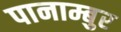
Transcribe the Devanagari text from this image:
पानाम्बुर